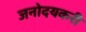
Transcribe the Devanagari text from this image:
जनोदयकरी